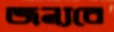
জন্যরে